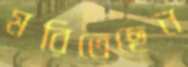
মরিতেছেন